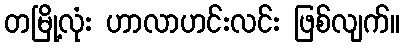
တမြို့လုံး ဟာလာဟင်းလင်း ဖြစ်လျက်။